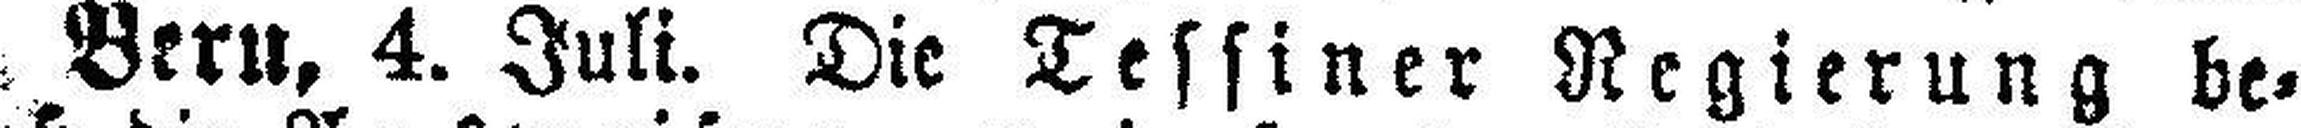
Bern, 4. Juli. Die Tessiner Regierung be¬